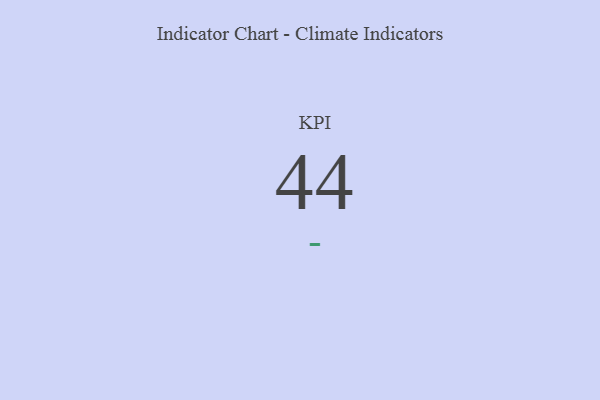
{"axis": {"x": "KPI", "y": "Value"}, "legend": [""], "data": [{"x": "KPI", "y": 44, "type": ""}]}